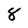
Character: 8